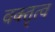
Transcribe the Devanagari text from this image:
वक्‍तॄत्‍व